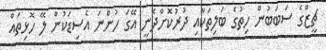
ޗީޒްގެ ސަބަބުން ހިތުގެ ބަލިތަކާއި ދުރުކޮށްދެނީ އޭގަ ހުންނަ އެސިޑަކުން ލޭ ހޮޅިތައް